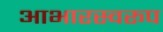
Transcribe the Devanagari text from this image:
आभारस्वरूप